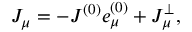
J _ { \mu } = - J ^ { ( 0 ) } e _ { \mu } ^ { ( 0 ) } + J _ { \mu } ^ { \bot } ,